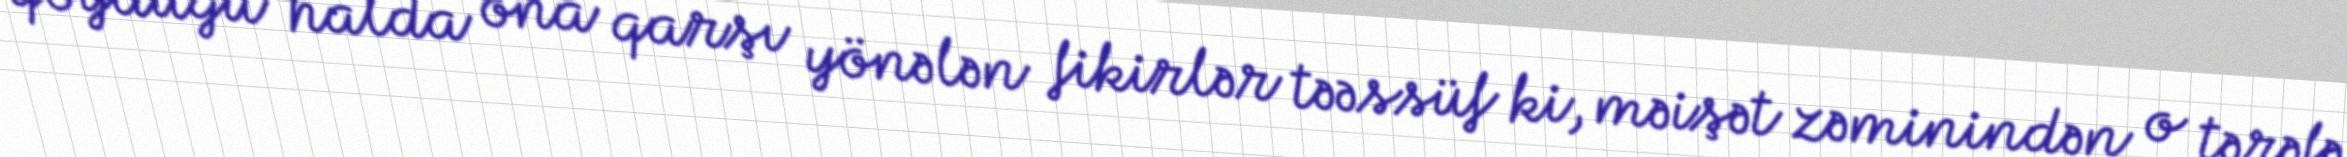
qoyduğu halda ona qarşı yönələn fikirlər təəssüf ki, məişət zəminindən o tərəfə